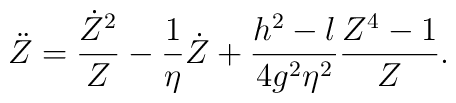
\ddot Z={\dot Z^2\over Z}-{1\over \eta}\dot Z+{h^2-l\over4g^2\eta^2}{Z^4-1\over Z}.